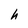
Character: h